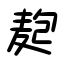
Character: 麭